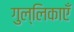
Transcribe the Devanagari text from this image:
गुल्लिकाएँ